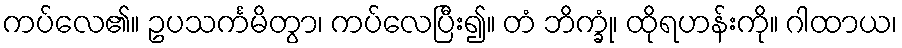
ကပ်လေ၏။ ဥပသင်္ကမိတွာ၊ ကပ်လေပြီး၍။ တံ ဘိက္ခုံ၊ ထိုရဟန်းကို။ ဂါထာယ၊